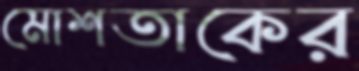
মোশতাকের